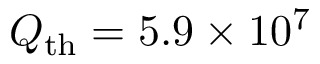
Q _ { \mathrm { t h } } = 5 . 9 \times 1 0 ^ { 7 }